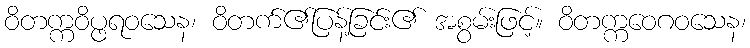
ဝိတက္ကဝိပ္ဖရဝသေန၊ ဝိတက်၏ပြန့်ခြင်း၏ အစွမ်းဖြင့်။ ဝိတက္ကဝေဂဝသေန၊